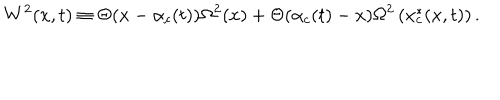
W ^ { 2 } ( x , t ) \equiv \Theta ( x - \alpha _ { c } ( t ) ) \Omega ^ { 2 } ( x ) + \Theta ( \alpha _ { c } ( t ) - x ) \Omega ^ { 2 } \left( x _ { c } ^ { * } ( x , t ) \right) .